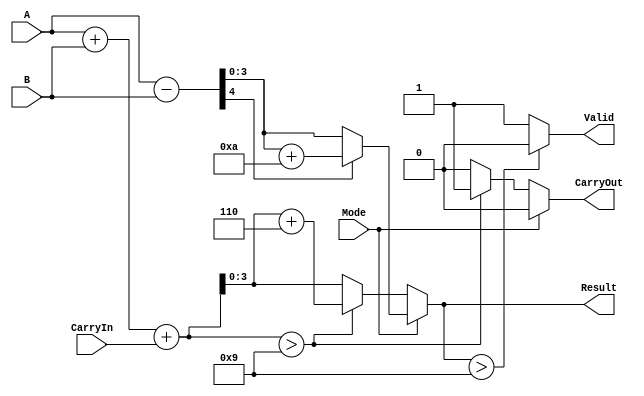
module BCD_Add_Subtracter (
    input  wire [3:0] A,          // BCD input operand A
    input  wire [3:0] B,          // BCD input operand B
    input  wire Mode,              // Mode: 0 for addition, 1 for subtraction
    input  wire CarryIn,           // Carry input for addition
    output reg  [3:0] Result,      // BCD result of addition or subtraction
    output reg  CarryOut,          // Carry output flag
    output reg  Valid              // Flag indicating if the result is a valid BCD number
);

    reg [4:0] Sum;                 // Temporary variable for sum (5 bits for carry)
    reg [4:0] Diff;                // Temporary variable for difference (5 bits for borrow)

    always @(*) begin
        // Initialize outputs
        Result = 4'b0000;
        CarryOut = 1'b0;
        Valid = 1'b1;

        if (Mode == 0) begin // Addition
            Sum = A + B + CarryIn; // Perform the addition

            // Check if sum exceeds valid BCD range (9)
            if (Sum > 4'b1001) begin
                Sum = Sum + 4'b0110; // Add 6 to correct the result
                CarryOut = 1'b1;      // Set carry out if sum corrected
            end

            Result = Sum[3:0]; // Assign the lower 4 bits to Result

        end else begin // Subtraction
            Diff = {1'b0, A} - {1'b0, B}; // Perform the subtraction with borrow

            // Check if the result is less than 0
            if (Diff[4] == 1'b1) begin
                Diff = Diff + 4'b1010; // Add 10 to correct the result
            end

            Result = Diff[3:0]; // Assign the lower 4 bits to Result
        end

        // Check if the Result is a valid BCD digit
        if (Result > 4'b1001) begin
            Valid = 1'b0; // Invalid BCD
        end
    end
endmodule